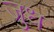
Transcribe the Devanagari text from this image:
जुध